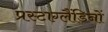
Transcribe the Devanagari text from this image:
प्रस्टाग्लैंडिनों